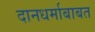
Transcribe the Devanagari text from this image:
दानधर्माबाबत